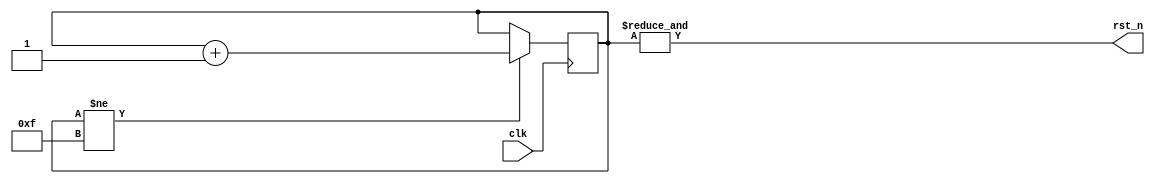
module reset(
    input clk,
    output rst_n
    );

    reg[3:0] rst_counter = 0;
    
    always@(posedge clk) begin
        if(rst_counter != 4'hF) rst_counter <= rst_counter + 1;
    end
    
    assign rst_n = &rst_counter;

endmodule